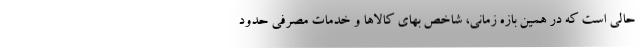
حالی است که در همین بازه زمانی، شاخص بهای کالاها و خدمات مصرفی حدود